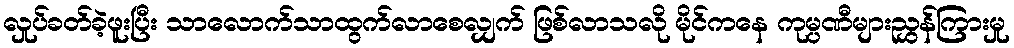
လှုပ်ခတ်ခဲ့ဖူးပြီး သာလောက်သာထွက်လာစေလျှက် ဖြစ်လာသလို မိုင်ကနေ ကုမ္ပဏီများညွှန်ကြားမှု